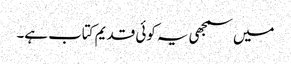
میں سمجھی یہ کوئی قدیم کتاب ہے۔